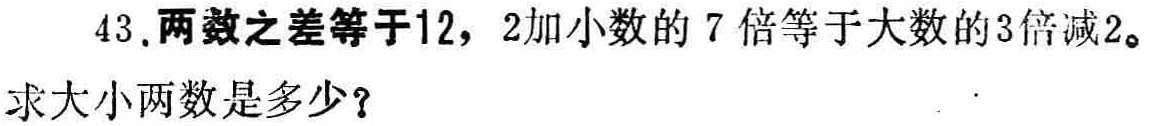
43.两数之差等于12，2加小数的7倍等于大数的3倍减2。
求大小两数是多少？